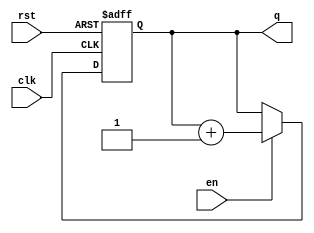
module binary_counter #(
    parameter N = 3  // Number of bits in the counter (default is 3)
)(
    input wire clk,   // Clock input
    input wire rst,   // Asynchronous reset input
    input wire en,    // Enable input
    output reg [N-1:0] q  // Counter output
);

// Always block triggered on the rising edge of the clock or when reset is asserted
always @(posedge clk or posedge rst) begin
    if (rst) begin
        // Reset the counter to 0
        q <= 0;
    end else if (en) begin
        // Increment the counter if enabled
        q <= q + 1;
    end
end

endmodule